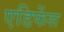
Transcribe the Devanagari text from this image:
एडिफेंस